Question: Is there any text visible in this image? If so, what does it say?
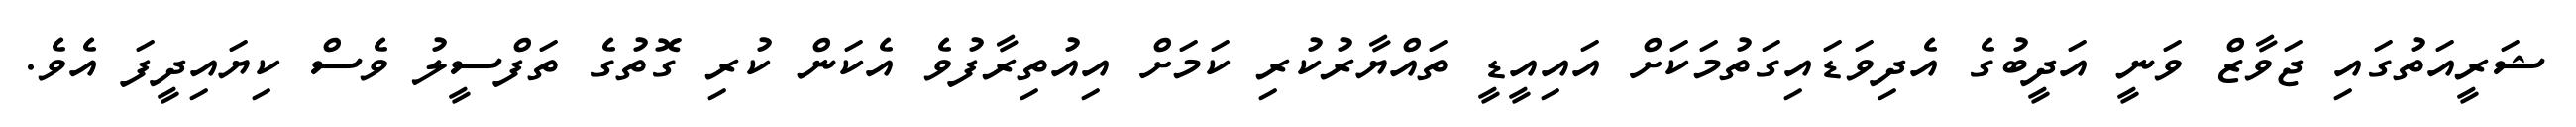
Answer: ޝަރީއަތުގައި ޖަވާޒް ވަނީ އަދީބުގެ އެދިވަޑައިގަތުމަކަށް އައިއީޑީ ތައްޔާރުކުރި ކަމަށް އިއުތިރާފުވެ އެކަން ކުރި ގޮތުގެ ތަފްސީލު ވެސް ކިޔައިދީފަ އެވެ.